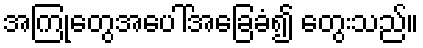
အကြုံတွေအပေါ်အခြေခံ၍ တွေးသည်။